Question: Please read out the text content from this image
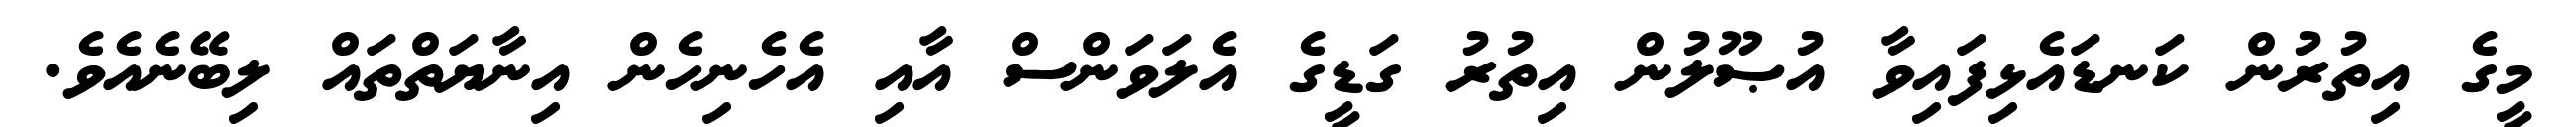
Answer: މީގެ އިތުރުން ކަނޑައެޅިފައިވާ އުޞޫލުން އިތުރު ގަޑީގެ އެލަވަންސް އާއި އެހެނިހެން އިނާޔަތްތައް ލިބޭނެއެވެ.